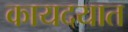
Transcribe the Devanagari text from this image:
कायदयात